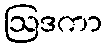
ဩဒကာ